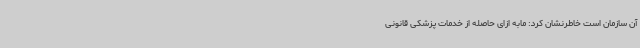
آن سازمان است خاطرنشان کرد: مابه ازای حاصله از خدمات پزشکی قانونی